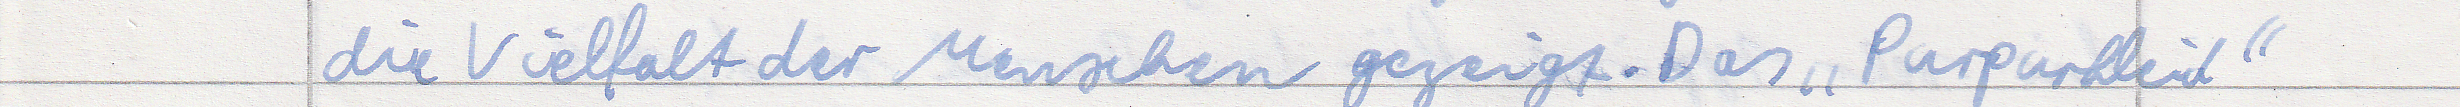
die Vielfalt der Menschen gezeigt. Das "Purpurkleid"